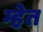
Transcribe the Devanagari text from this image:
म्हेत